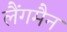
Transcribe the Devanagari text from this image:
लैंगमैन